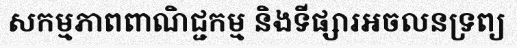
សកម្មភាពពាណិជ្ជកម្ម និងទីផ្សារអចលនទ្រព្យ